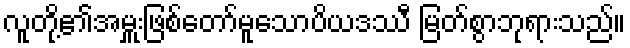
လူတို့၏အမှူးဖြစ်တော်မူသောပိယဒဿီ မြတ်စွာဘုရားသည်။